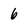
Character: 6